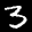
Label: 3